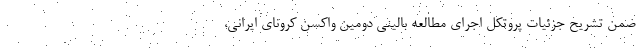
ضمن تشریح جزئیات پروتکل اجرای مطالعه بالینی دومین واکسن کرونای ایرانی،